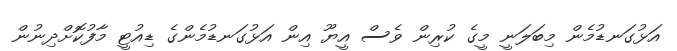
އަޅުގަނޑުމެން މިބަލަނީ މީގެ ކުރިން ވެސް އީޔޫ އިން އަޅުގަނޑުމެންގެ ޑިއުޓީ މާފުކޮށްދިނުން